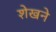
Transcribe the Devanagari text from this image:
शेखने